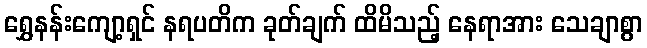
ရွှေနန်းကျော့ရှင် နရပတိက ခုတ်ချက် ထိမိသည့် နေရာအား သေချာစွာ